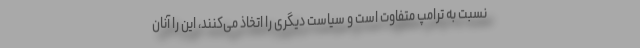
نسبت به ترامپ متفاوت است و سیاست دیگری را اتخاذ می‌کنند، این را آنان